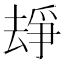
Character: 𠬉